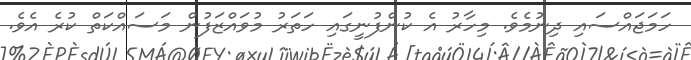
ހަމަޖައްސައި ދިނުމެވެ. މިހާރު އެ ކުންފުނީގައި ހަތަރު މުވައްޒަފުން މަސައްކަތް ކުރެ އެވެ.